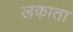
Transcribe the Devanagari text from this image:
लकाता